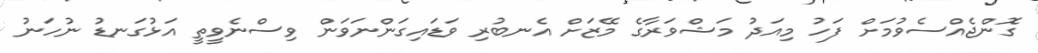
ގޮންޖެއްސެވުމަށް ފަހު މިއަދު މަޝްވަރާގެ މޭޒަށް އެނބުރި ވަޑައިގަންނަވަން ވިސްނެވީތީ އަޅުގަނޑު ނުހަނު